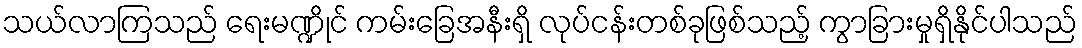
သယ်လာကြသည် ရေးမဏ္ဍိုင် ကမ်းခြေအနီးရှိ လုပ်ငန်းတစ်ခုဖြစ်သည့် ကွာခြားမှုရှိနိုင်ပါသည်